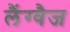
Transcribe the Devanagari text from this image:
लैंग्वैज